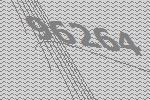
96264